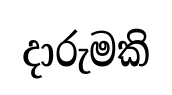
දාරුමකි